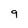
Character: 9